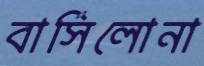
বার্সিলোনা